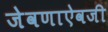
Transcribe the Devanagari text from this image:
जेवणाऐवजी